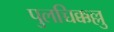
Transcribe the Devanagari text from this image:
पुलच्चिक्कल्लु